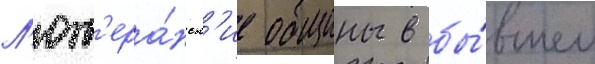
Л'ют'ера́нск'ие общины в бы́вшем